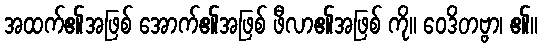
အထက်၏အဖြစ် အောက်၏အဖြစ် ဖီလာ၏အဖြစ် ကို။ ဝေဒိတဗ္ဗာ၊ ၏။